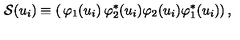
\mathcal { S } ( u _ { i } ) \equiv \left( \begin{matrix} { \varphi _ { 1 } ( u _ { i } ) } & { \varphi _ { 2 } ^ { * } ( u _ { i } ) } \\ { \varphi _ { 2 } ( u _ { i } ) } & { \varphi _ { 1 } ^ { * } ( u _ { i } ) } \\ \end{matrix} \right) ,